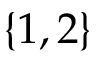
\{ 1 , 2 \}